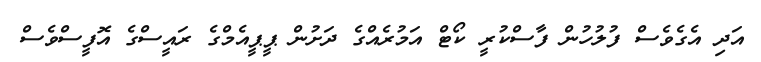
އަދި އެގެވެސް ފުލުހުން ފާސްކުރީ ކޯޓް އަމުރެއްގެ ދަށުން ޕީޕީއެމްގެ ރައީސްގެ އޮފީސްވެސް